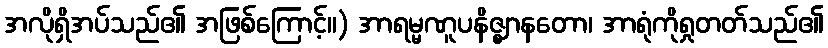
အလိုရှိအပ်သည်၏ အဖြစ်ကြောင့်။) အာရမ္မဏူပနိဇ္ဈာနတော၊ အာရုံကိုရှုတတ်သည်၏